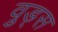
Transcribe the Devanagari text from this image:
व़ुड्स